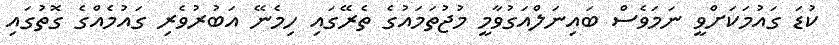
ކުޑަ ގައުމަކަށްވީ ނަމަވެސް ބައިނަލްއަގުވާމީ މުޖުތަމައުގެ ތެރޭގައި ހިމެނޭ އަބުރުވެރި ގައުމެއްގެ ގޮތުގައި